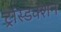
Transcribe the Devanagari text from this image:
ट्रांस्डक्शन